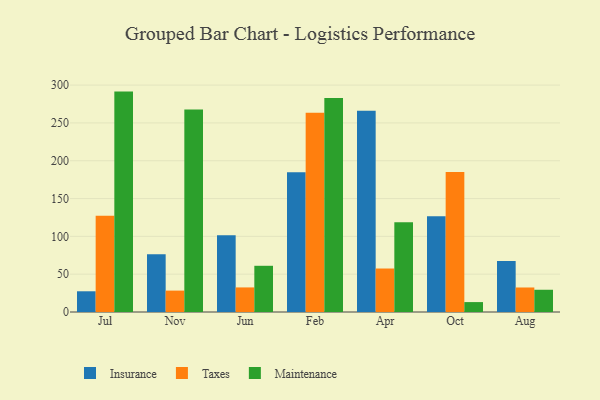
{"axis": {"x": "Month", "y": "Operating Costs (USD K)"}, "legend": ["Insurance", "Maintenance", "Taxes"], "data": [{"x": "Jul", "y": 27.4, "type": "Insurance"}, {"x": "Jul", "y": 127.2, "type": "Taxes"}, {"x": "Jul", "y": 291.4, "type": "Maintenance"}, {"x": "Nov", "y": 76.3, "type": "Insurance"}, {"x": "Nov", "y": 28.3, "type": "Taxes"}, {"x": "Nov", "y": 267.6, "type": "Maintenance"}, {"x": "Jun", "y": 101.4, "type": "Insurance"}, {"x": "Jun", "y": 32.5, "type": "Taxes"}, {"x": "Jun", "y": 61.1, "type": "Maintenance"}, {"x": "Feb", "y": 184.7, "type": "Insurance"}, {"x": "Feb", "y": 263.6, "type": "Taxes"}, {"x": "Feb", "y": 283.1, "type": "Maintenance"}, {"x": "Apr", "y": 266.2, "type": "Insurance"}, {"x": "Apr", "y": 57.5, "type": "Taxes"}, {"x": "Apr", "y": 118.5, "type": "Maintenance"}, {"x": "Oct", "y": 126.5, "type": "Insurance"}, {"x": "Oct", "y": 185.0, "type": "Taxes"}, {"x": "Oct", "y": 13.1, "type": "Maintenance"}, {"x": "Aug", "y": 67.4, "type": "Insurance"}, {"x": "Aug", "y": 32.4, "type": "Taxes"}, {"x": "Aug", "y": 29.4, "type": "Maintenance"}]}